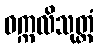
ဝက္ကလိသုတ္တံ